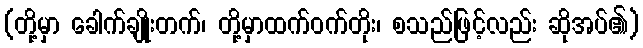
(တို့မှာ ခေါက်ချိုးတက်၊ တို့မှာထက်ဝက်တိုး၊ စသည်ဖြင့်လည်း ဆိုအပ်၏)